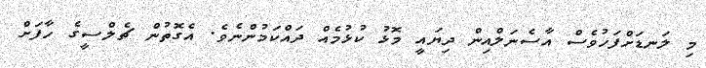
މި ލަނޑަށްފަހުވެސް އާސެނަލްއިން ދިޔައީ މޮޅު ކުޅުމެއް ދައްކަމުންނެވެ. އެގޮތުން ޗެލްސީގެ ހާފަށް